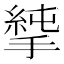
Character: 𢲝